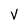
Character: V